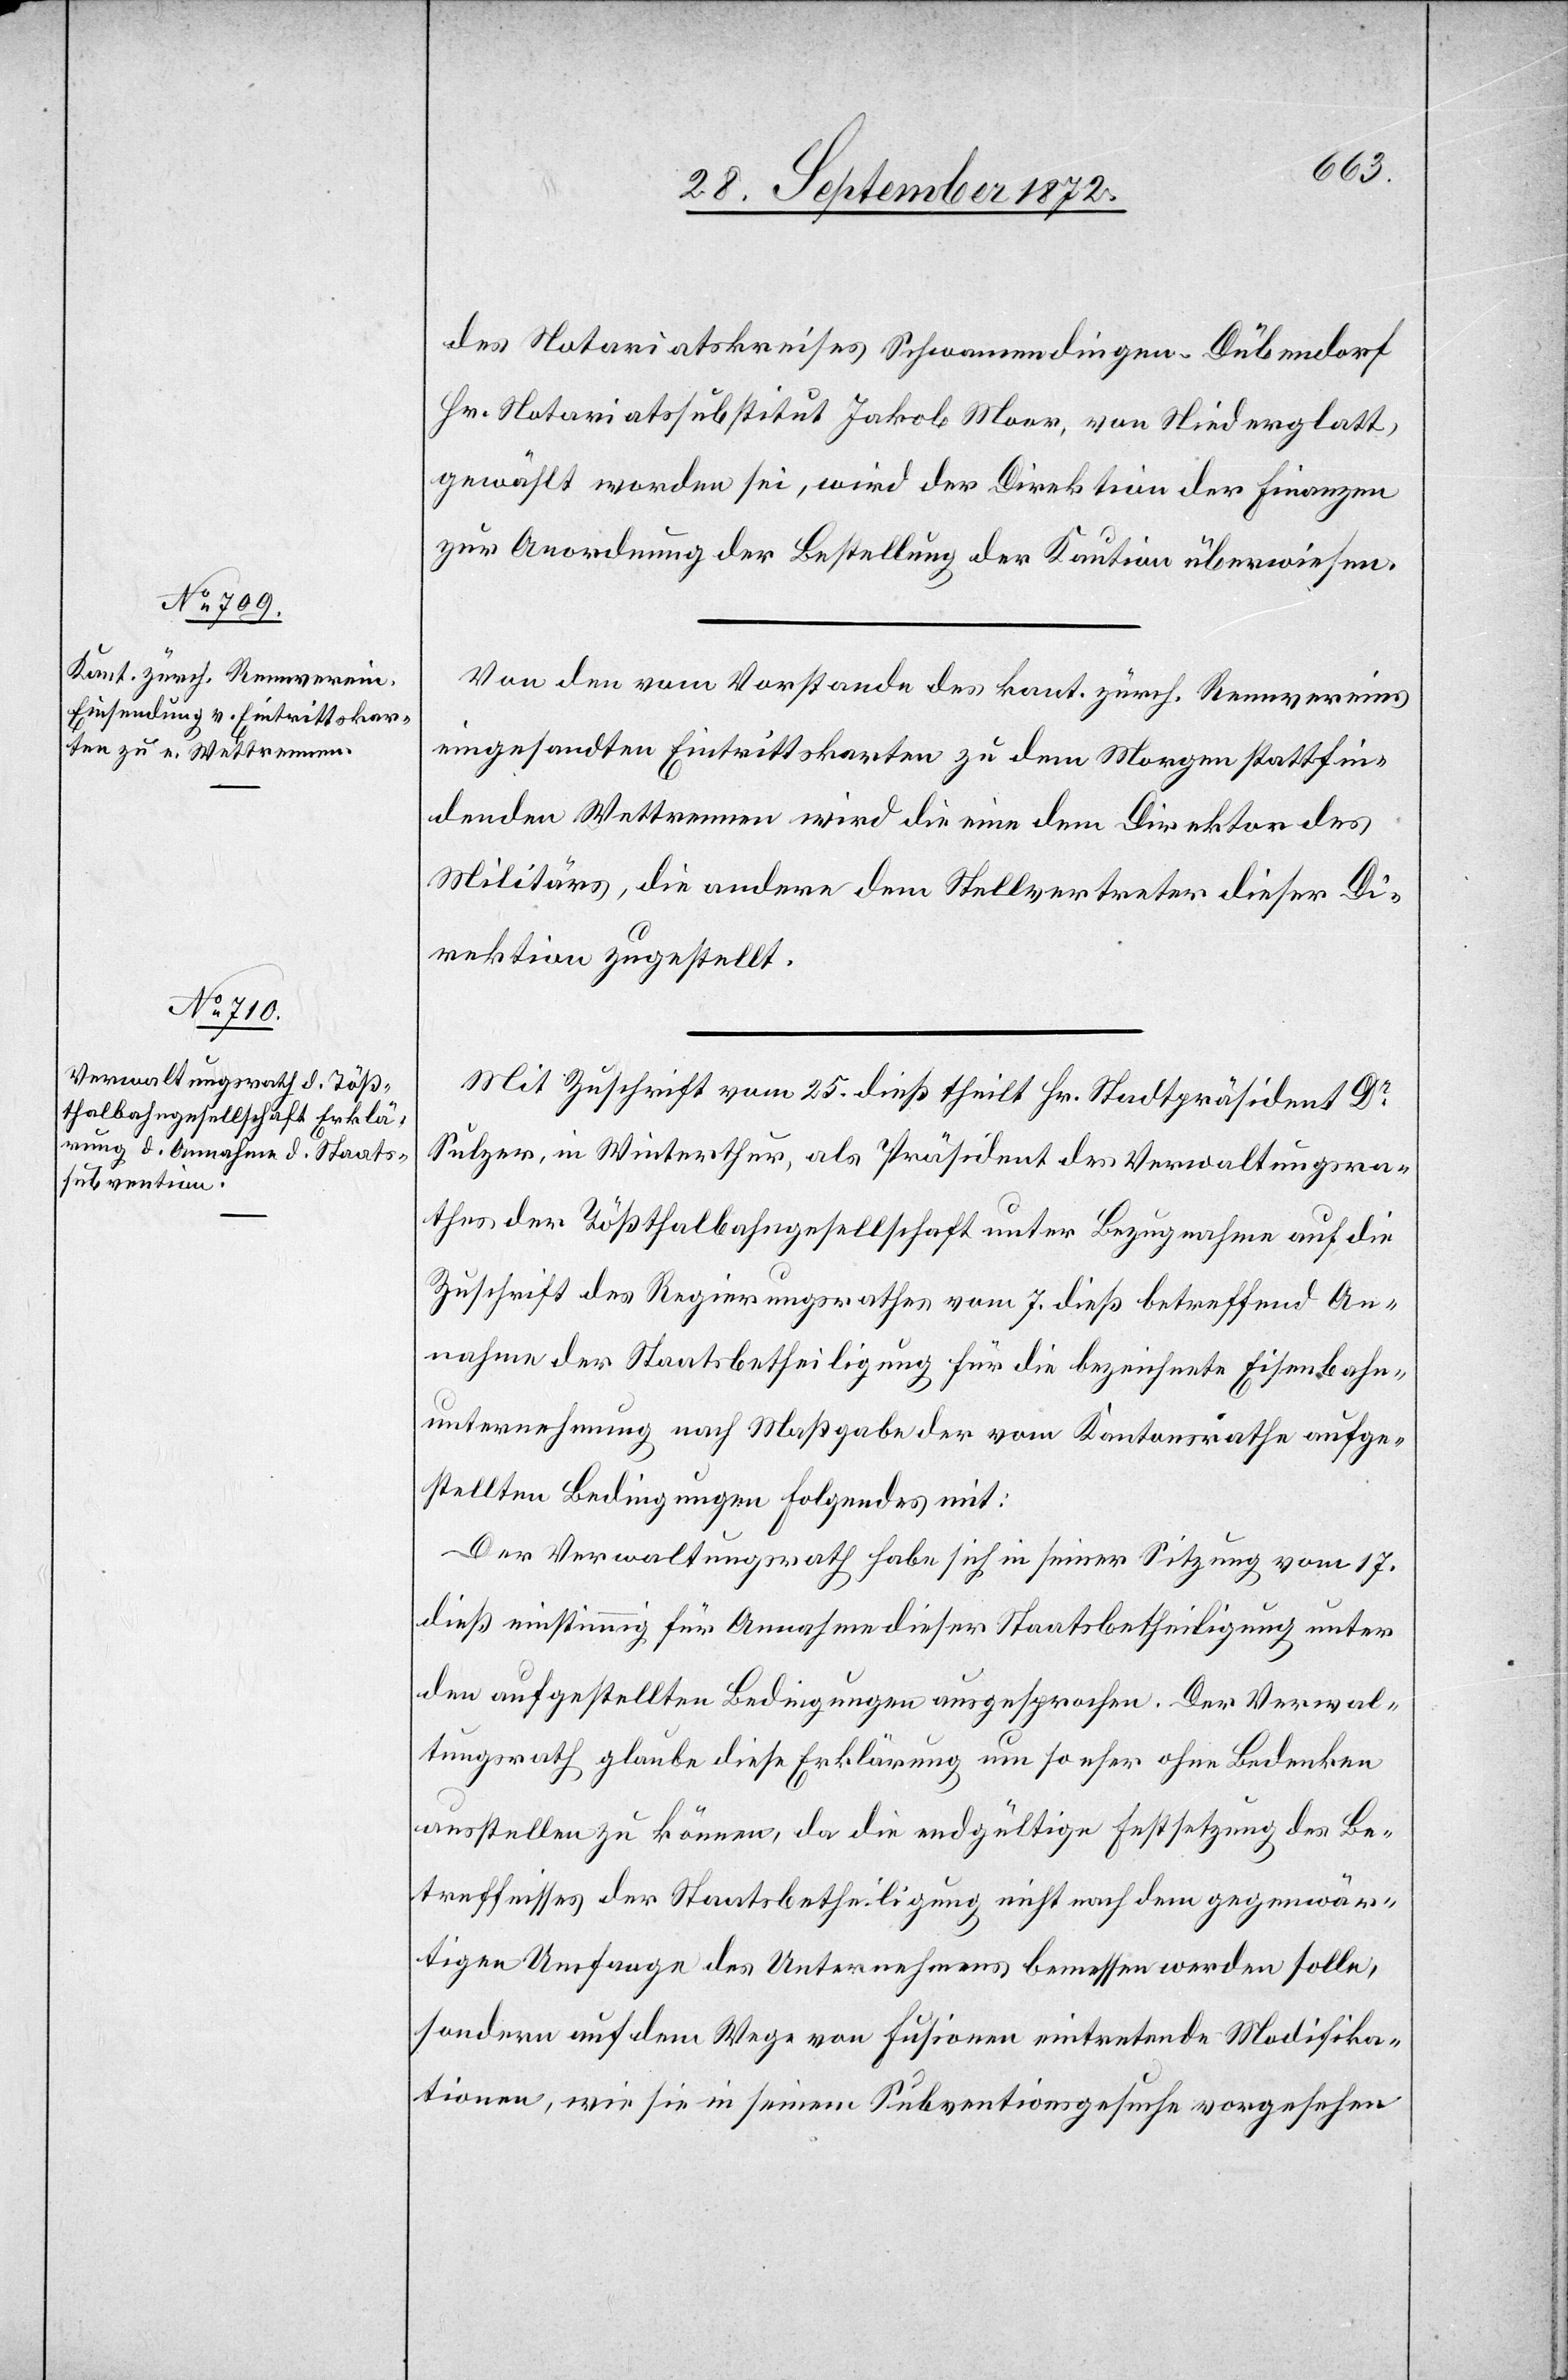
des Notariatskreises Schwamendingen-Dübendorf
Hr. Notariatssubstitut Jakob Moor, von Niederglatt,
gewählt worden sei, wird der Direktion der Finanzen
zur Anordnung der Bestellung der Kaution überwiesen.
Von den vom Vorstande des kant. zürch. Rennvereins
eingesandten Eintrittskarten zu dem Morgen stattfin¬
denden Wettrennen wird die eine dem Direktor des
Militärs, die andere dem Stellvertreter dieser Di¬
rektion zugestellt.
Mit Zuschrift vom 25. dieß theilt Hr. Stadtpräsident Dr
Sulzer, in Winterthur, als Präsident des Verwaltungsra¬
thes der Tößthalbahngesellschaft unter Bezugnahme auf die
Zuschrift des Regierungsrathes vom 7. dieß betreffend An¬
nahme der Staatsbetheiligung für die bezeichnete Eisenbahn¬
unternehmung nach Maßgabe der vom Kantonsrathe aufge¬
stellten Bedingungen folgendes mit:
Der Verwaltungsrath habe sich in seiner Sitzung vom 17.
dieß einstimmig für Annahme dieser Staatsbetheiligung unter
den aufgestellten Bedingungen ausgesprochen. Der Verwal¬
tungsrath glaube diese Erklärung um so eher ohne Bedenken
ausstellen zu können, da die endgültige Festsetzung des Be¬
treffnisses der Staatsbetheiligung nicht nach dem gegenwär¬
tigen Umfrage des Unternehmens bemessen werden solle,
sondern auf dem Wege von Fusionen eintretende Modifika¬
tionen, wie sie in seinem Subventionsgesuche vorgesehen